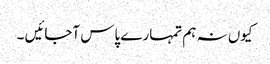
کیوں نہ ہم تمہارے پاس آجائیں ۔